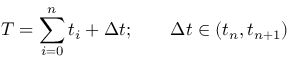
T = \sum _ { i = 0 } ^ { n } t _ { i } + \Delta t ; \qquad \Delta t \in ( t _ { n } , t _ { n + 1 } )